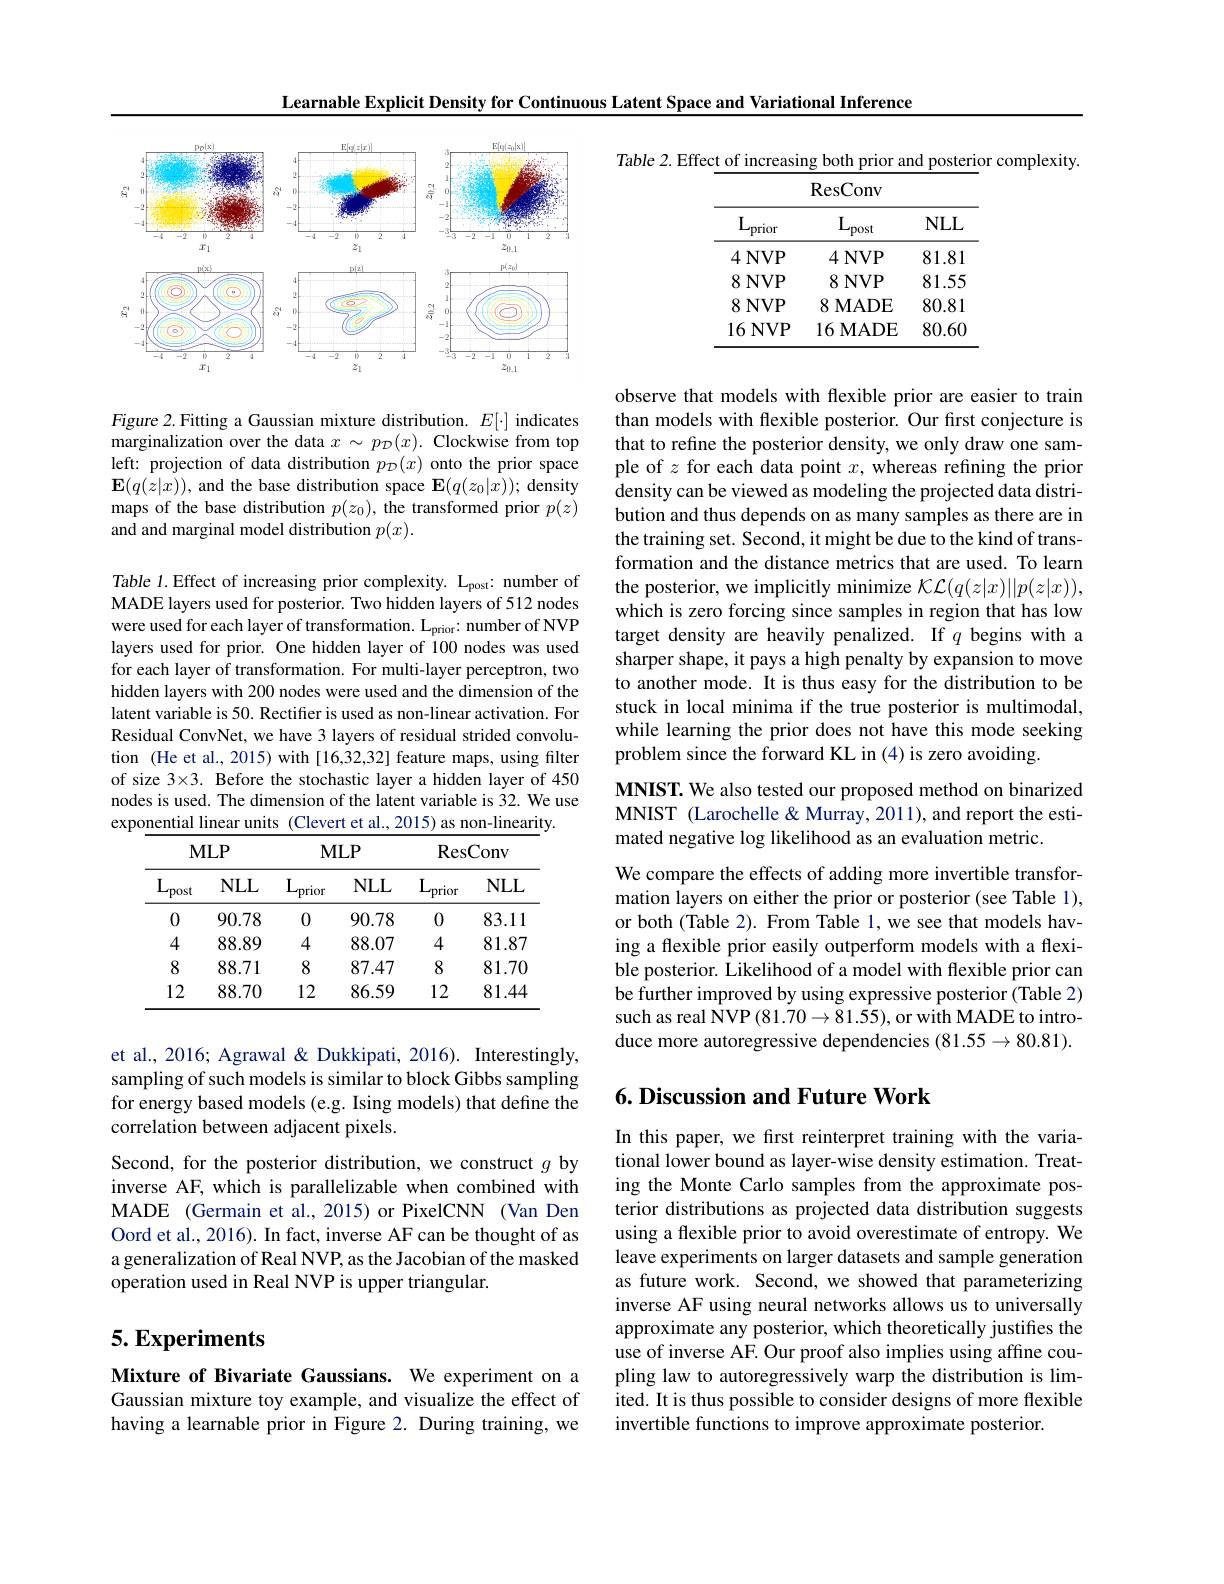
Learnable Explicit Density for Continuous Latent Space and Variational Inference

<FigureHere>

Figure 2. Fitting a Gaussian mixture distribution. $E[\cdot]$ indicates marginalization over the data $x\sim p_{\mathcal{D}}(x).$ Clockwise from top left: projection of data distribution $p_{\mathcal{D}}(x)$ onto the prior space $\mathbf{E}(q(z|x))$, and the base distribution space $\mathbf{E}(q(z_0|x));$ density maps of the base distribution $p(z_0)$, the transformed prior $p(z)$ and and marginal model distribution $p(x).$

Table 1. Effect of increasing prior complexity. Lpost: number of MADE layers used for posterior. Two hidden layers of 512 nodes were used for each layer of transformation. L$_{\mathrm{prior}}:$ number of NVP layers used for prior. One hidden layer of 100 nodes was used for each layer of transformation. For multi-layer perceptron, two hidden layers with 200 nodes were used and the dimension of the latent variable is 50. Rectifier is used as non-linear activation. For Residual ConvNet, we have 3 layers of residual strided convolution (He et al., 2015) with [16,32,32] feature maps, using filter of size 3×3. Before the stochastic layer a hidden layer of 450 nodes is used. The dimension of the latent variable is 32. We use exponential linear units (Clevert et al., 2015) as non-linearity.

<table>
	<tbody>
		<tr>
			<th rowspan="2">$M$ $L_{\mathrm{post}}$</th>
			<th>$LP$</th>
			<th>$M$</th>
			<th>$LP$</th>
			<th colspan="2">ResConv</th>
		</tr>
		<tr>
			<th>$NLL$</th>
			<th>$\mathrm{L}_{\mathrm{prior}}$</th>
			<th>$NLL$</th>
			<th>$\mathrm{L}_{\mathrm{prior}}$</th>
			<th>$NLL$</th>
		</tr>
		<tr>
			<td>0</td>
			<td>90.78</td>
			<td>0</td>
			<td>90.78</td>
			<td>0</td>
			<td>83.11</td>
		</tr>
		<tr>
			<td>4</td>
			<td>88.89</td>
			<td>4</td>
			<td>88.07</td>
			<td>4</td>
			<td>81.87</td>
		</tr>
		<tr>
			<td>8</td>
			<td>88.71</td>
			<td>8</td>
			<td>87.47</td>
			<td>8</td>
			<td>81.70</td>
		</tr>
		<tr>
			<td>12</td>
			<td>88.70</td>
			<td>12</td>
			<td>86.59</td>
			<td>12</td>
			<td>81.44</td>
		</tr>
	</tbody>
</table>

et al., 2016; Agrawal & Dukkipati, 2016). Interestingly, sampling of such models is similar to block Gibbs sampling for energy based models (e.g. Ising models) that define the correlation between adjacent pixels.

Second, for the posterior distribution, we construct $g$ by inverse AF, which is parallelizable when combined with MADE (Germain et al., 2015) or PixelCNN (Van Den Oord et al., 2016). In fact, inverse AF can be thought of as a generalization of Real NVP, as the Jacobian of the masked operation used in Real NVP is upper triangular.

## $5.Experiments$

Mixture of Bivariate Gaussians. We experiment on a Gaussian mixture toy example, and visualize the effect of having a learnable prior in Figure 2. During training, we

Table 2. Effect of increasing both prior and posterior complexity.

<table>
	<tbody>
		<tr>
			<th>$\mathrm{L}_{\mathrm{prior}}$</th>
			<th>$L_{\mathrm{post}}$</th>
			<th>$NLL$</th>
		</tr>
		<tr>
			<td>4 NVP</td>
			<td>4 NVP</td>
			<td>81.81</td>
		</tr>
		<tr>
			<td>8NVP</td>
			<td>8NVP</td>
			<td>81.55</td>
		</tr>
		<tr>
			<td>8 NVP</td>
			<td>8MADE</td>
			<td>80.81</td>
		</tr>
		<tr>
			<td>16 NVP</td>
			<td>16MADE</td>
			<td>80.60</td>
		</tr>
	</tbody>
</table>

observe that models with flexible prior are easier to train than models with flexible posterior. Our fırst conjecture is that to refine the posterior density, we only draw one sample of $z$ for each data point $x$, whereas refining the prior density can be viewed as modeling the projected data distribution and thus depends on as many samples as there are in the training set. Second, it might be due to the kind of transformation and the distance metrics that are used. To learn the posterior, we implicitly minimize $\mathcal{K}\mathcal{L}(q(z|x)||p(z|x))$, which is zero forcing since samples in region that has low target density are heavily penalized. If $q$ begins with a sharper shape, it pays a high penalty by expansion to move to another mode. It is thus easy for the distribution to be stuck in local minima if the true posterior is multimodal, while learning the prior does not have this mode seeking problem since the forward KL in (4) is zero avoiding.

MNIST. We also tested our proposed method on binarized MNIST (Larochelle& Murray, 2011), and report the estimated negative log likelihood as an evaluation metric.

We compare the effects of adding more invertible transformation layers on either the prior or posterior (see Table 1), or both (Table 2). From Table 1, we see that models having a flexible prior easily outperform models with a flexible posterior. Likelihood of a model with flexible prior can be further improved by using expressive posterior (Table 2) such as real NVP $(81.70\to81.55)$,or with MADE to introduce more autoregressive dependencies (81.55→80.81).

## 6. Discussion and Future Work

In this paper, we first reinterpret training with the variational lower bound as layer-wise density estimation. Treating the Monte Carlo samples from the approximate posterior distributions as projected data distribution suggests using a flexible prior to avoid overestimate of entropy. We leave experiments on larger datasets and sample generation as future work. Second, we showed that parameterizing inverse AF using neural networks allows us to universally approximate any posterior, which theoretically justifies the use of inverse AF. Our proof also implies using affine coupling law to autoregressively warp the distribution is limited. It is thus possible to consider designs of more flexible invertible functions to improve approximate posterior.